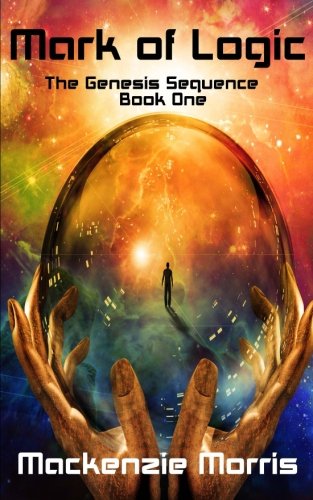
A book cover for Mark of Logic (The Genesis Sequence) (Volume 1); Mackenzie Morris; Science Fiction & Fantasy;